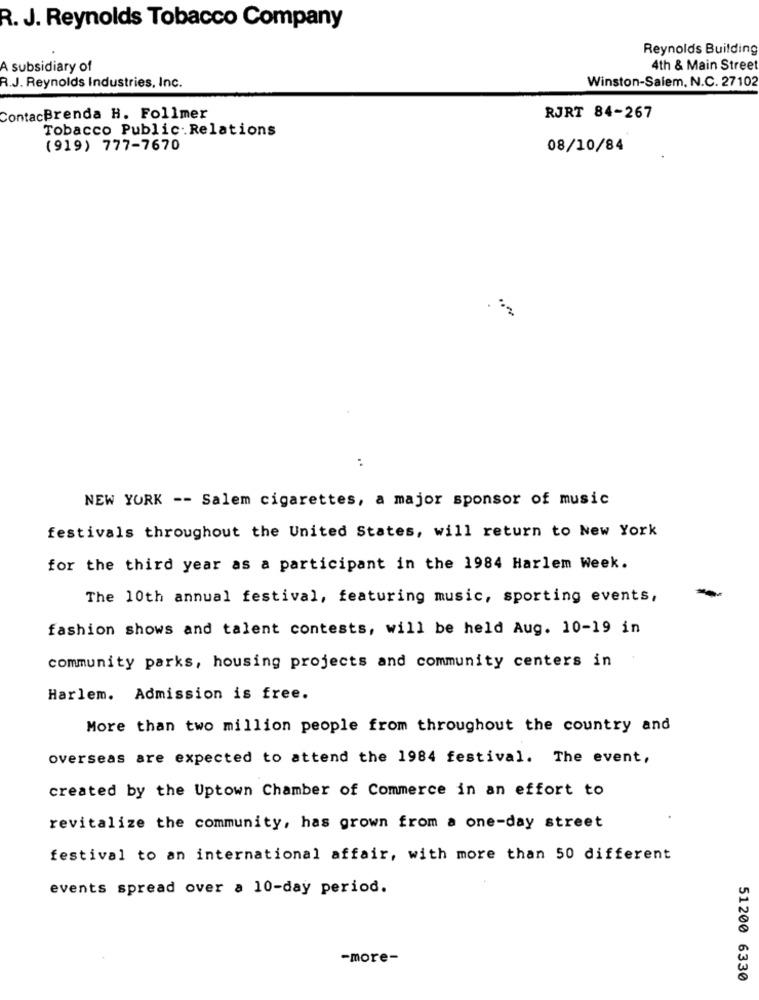
R. J. Reynolds Tobacco Company
Reynolds Building
A subsidiary of
4th & Main Street
Winston-Salem, N.C. 27102
R.J. Reynolds Industries, Inc.
ContacBrenda H. Follmer
RJRT 84-267
Tobacco Public- Relations
(919) 777-7670
08/10/84
..
NEW YORK -- Salem cigarettes, a major sponsor of music
festivals throughout the United States, will return to New York
for the third year as a participant in the 1984 Harlem Week.
The 10th annual festival, featuring music, sporting events,
fashion shows and talent contests, will be held Aug. 10-19 in
community parks, housing projects and community centers in
Harlem. Admission is free.
More than two million people from throughout the country and
overseas are expected to attend the 1984 festival. The event,
created by the Uptown Chamber of Commerce in an effort to
revitalize the community, has grown from a one-day street
festival to an international affair, with more than 50 different
events spread over a 10-day period.
-more-
51200 6330